Indian journal of veterinary science and animal husbandry - Volumes 24-25, 1954-1955
Year: 1954
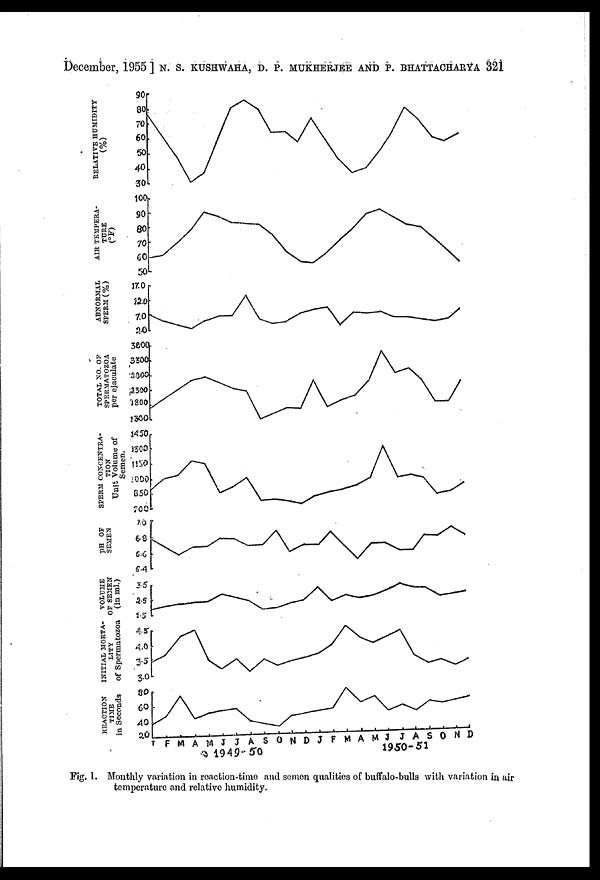
Deceber, 1955 ] N. S. KUSHWAHA, D. P. MUKHERJEE AND P. BHATTACHARYA 321
Fig. 1. Monthly variation in reaction-time and semen qualities of buffalo-bulls with variation in air
temperature and relative humidity.